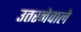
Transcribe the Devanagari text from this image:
उतरनेवाले